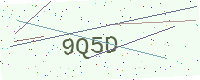
Text: 9Q5D